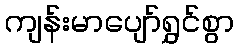
ကျန်းမာပျော်ရွှင်စွာ